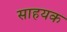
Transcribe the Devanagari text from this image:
साहयक